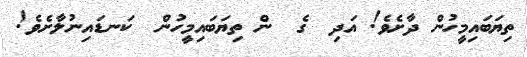
ތިޔަބައިމީހުން ދާށެވެ! އަދި  ގެ  ން ތިޔަބައިމީހުން  ކަނޑައިނުލާށެވެ!